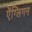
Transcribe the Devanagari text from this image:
ऐंग्लिगन